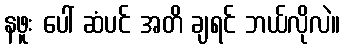
နဖူး ပေါ် ဆံပင် အတိ ချရင် ဘယ်လိုလဲ။